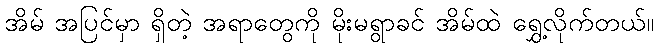
အိမ် အပြင်မှာ ရှိတဲ့ အရာတွေကို မိုးမရွာခင် အိမ်ထဲ ရွှေ့လိုက်တယ်။